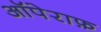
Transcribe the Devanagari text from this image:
ऑपेराफ़